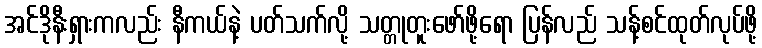
အင်ဒိုနီးရှားကလည်း နီကယ်နဲ့ ပတ်သက်လို့ သတ္တုတူးဖော်ဖို့ရော ပြန်လည် သန့်စင်ထုတ်လုပ်ဖို့